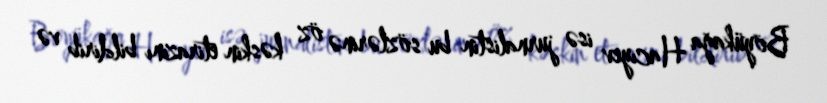
Böyükağa Hacıyev isə jurnalistin bu sözlərinə öz kəskin etirazını bildirib və